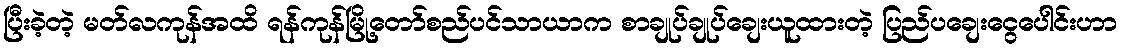
ပြီးခဲ့တဲ့ မတ်လကုန်အထိ ရန်ကုန်မြို့တော်စည်ပင်သာယာက စာချုပ်ချုပ်ချေးယူထားတဲ့ ပြည်ပချေးငွေပေါင်းဟာ